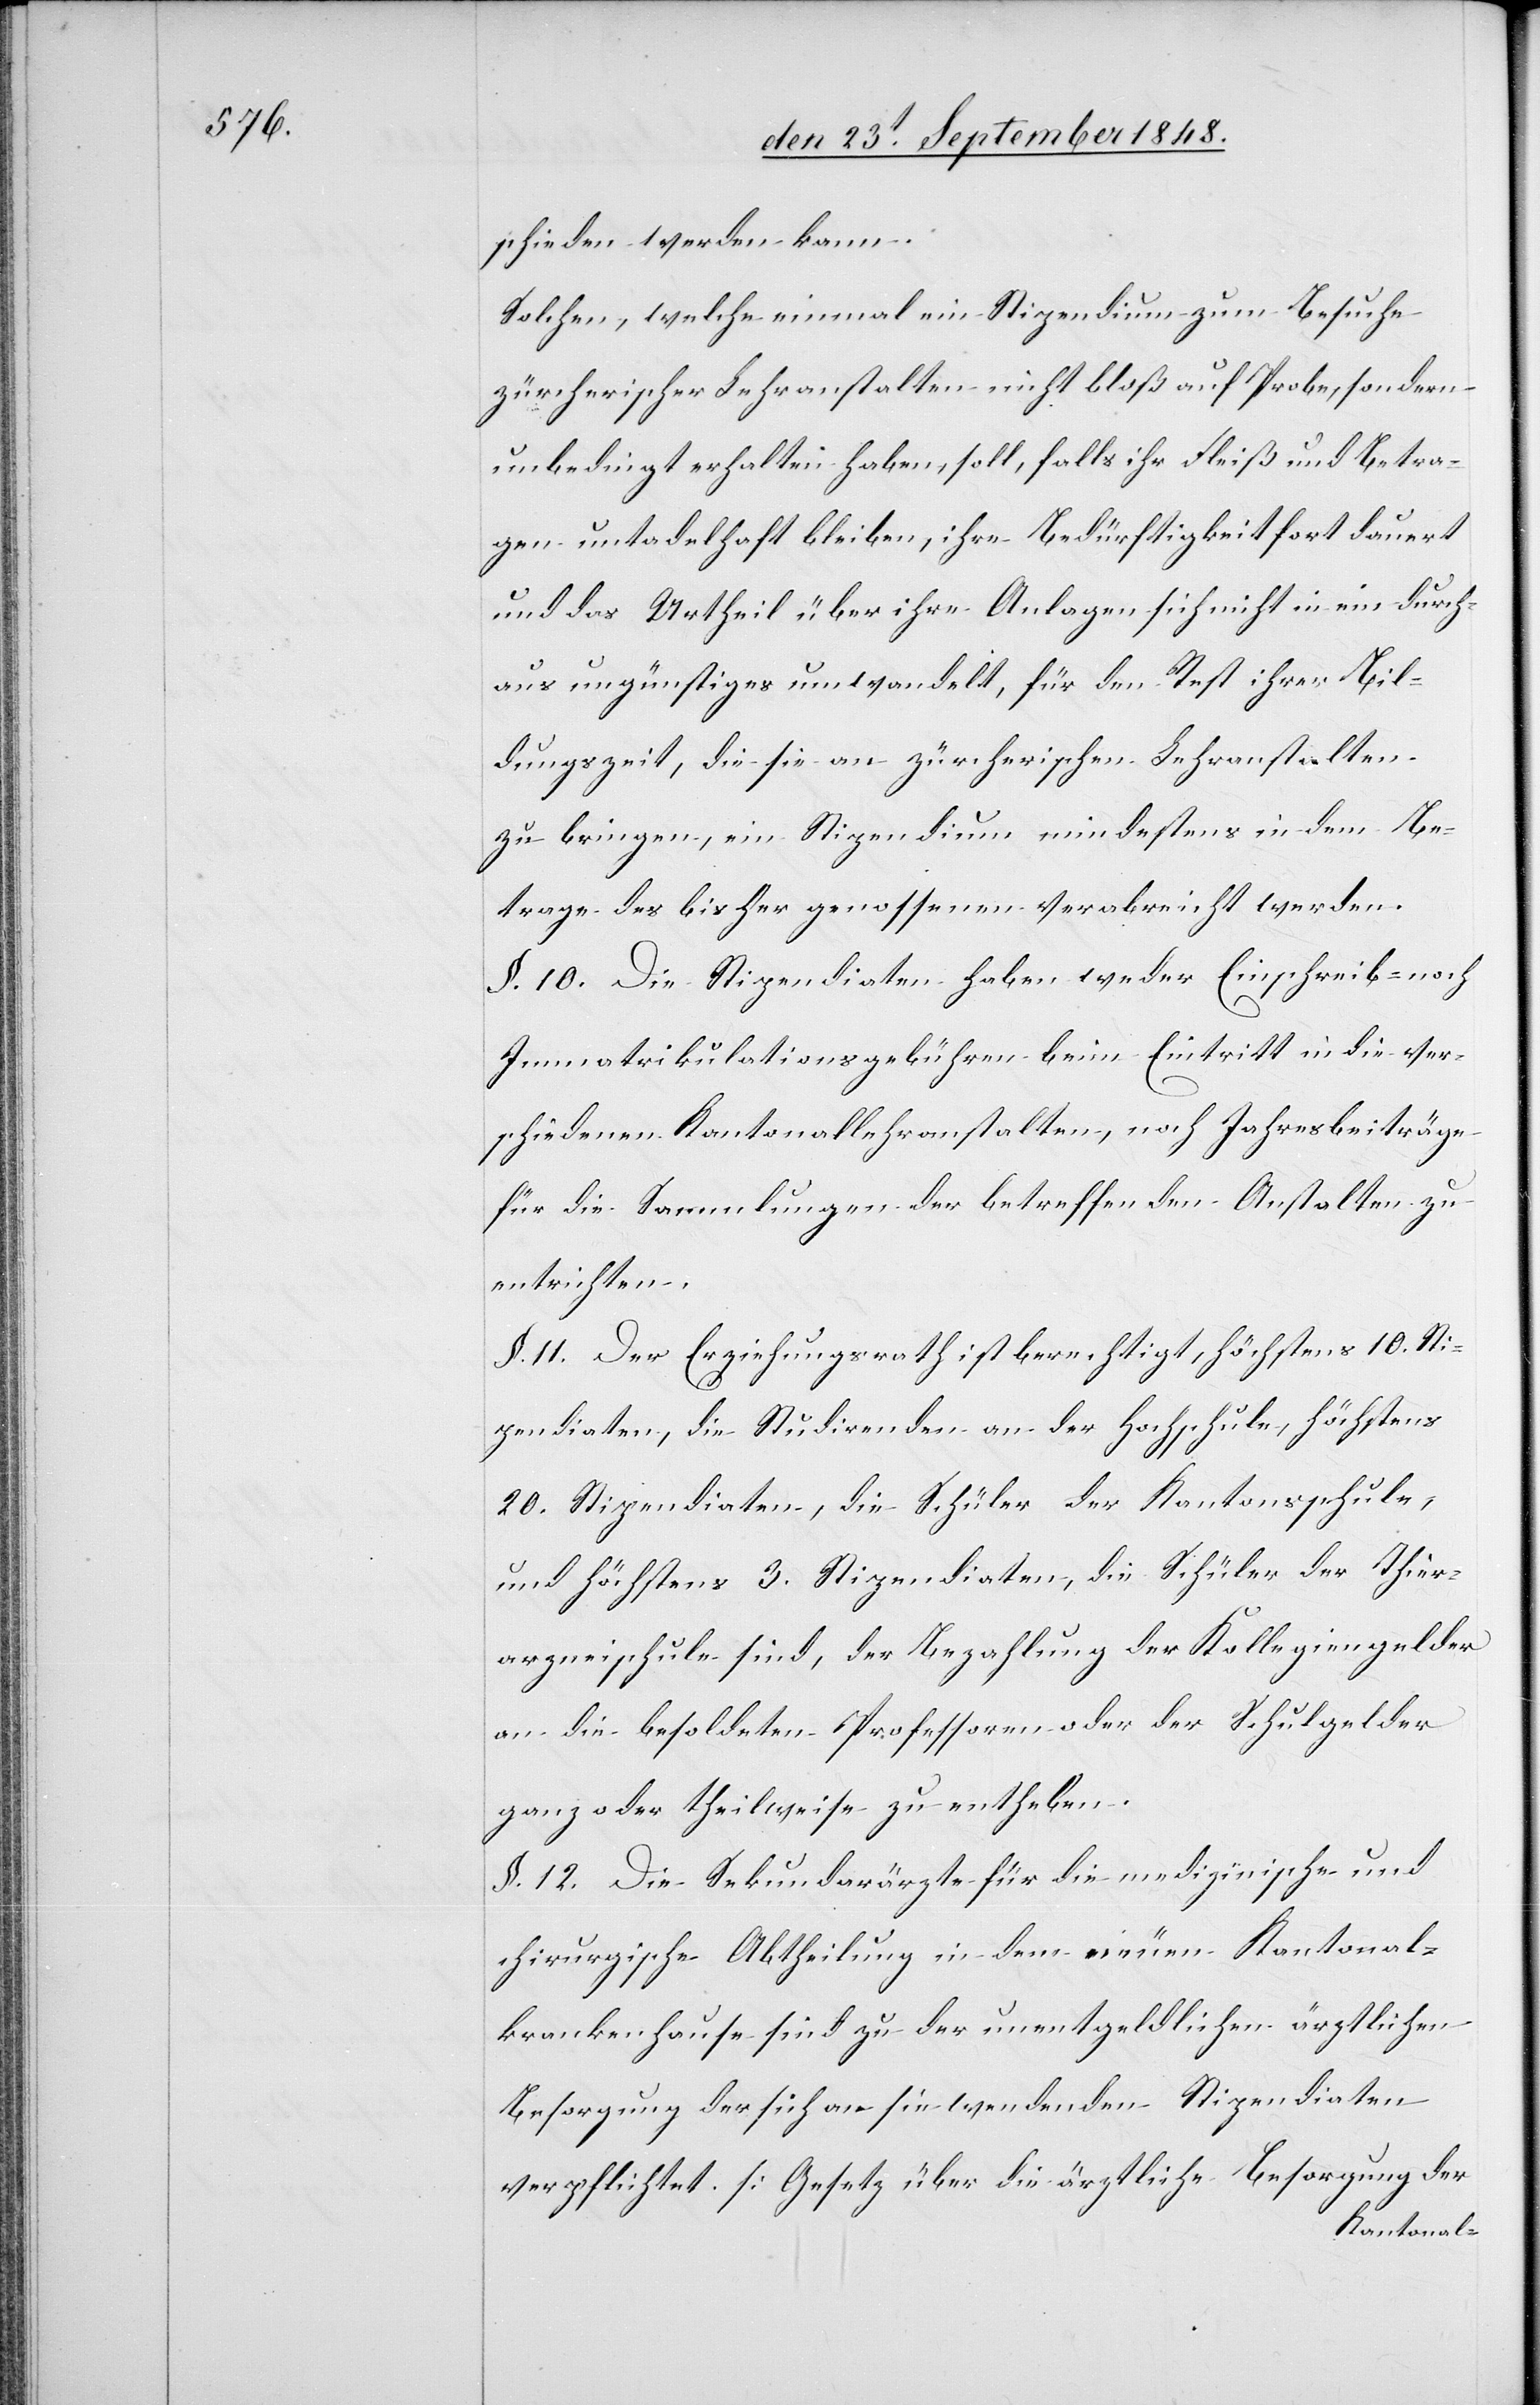
schieden werde kann.
Solche, welche einmal ein Stipendium zum Besuche
zürcherischer Lehranstalten nicht bloß auf Probe, sondern
unbedingt erhalten haben, soll, falls ihr Fleiß und Betra¬
gen untadelhaft bleiben, ihre Bedürftigkeit fort dauert
und das Urtheil über ihre Anlagen sich nicht in eine durch¬
aus ungünstiges umwandelt, für den Rest ihrer Bil¬
dungszeit, die sie an zürcherischen Lehranstalten
zu bringen, ein Stipendium mindestens in dem Be¬
trage des bisher genossenen verabreicht werden.
§. 10. Die Stipendiaten haben weder Einschreib- noch
Immatrikulationsgebühren beim Eintritt in die ver¬
schiedenen Kantonallehranstalten, noch Jahresbeiträge
für die Sammlungen der betreffenden Anstalten zu
entrichten.
§. 11. Der Erziehungsrath ist berechtigt, höchstens 10. Sti¬
pendiaten, die Studirenden an der Hochschule, höchstens
20. Stipendiaten, die Schüler der Kantonsschule,
und höchstens 3. Stipendiaten, die Schüler der Thier¬
arzneischule sind, der Bezahlung der Kollegiengelder
an die besoldeten Professoren oder der Schulgelder
ganz oder theilweise zu entheben.
§. 12. Die Sekundarärzte für die medizinische und
chirurgische Abtheilung in dem neuen Kantonal¬
krankenhause sind zu der unentgeldlichen ärztlichen
Besorgung der sich an sie wendenden Stipendiaten
verpflichtet. [Gesetz über die ärztliche Besorgung der